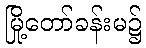
မြို့တော်ခန်းမ၌